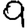
Digit: 9